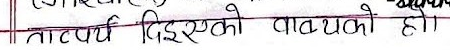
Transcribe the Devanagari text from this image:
तात्पर्य दिएको वाचयको हो।